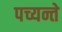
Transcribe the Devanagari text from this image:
पच्यन्ते